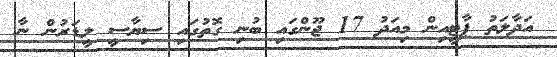
އަދާލަތު ޕާޓީއިން މިއަދު 17 ޖޫންގައި ބުނި ގޮތުގައި ސިޔާސީ ލީޑަރުން ނާ